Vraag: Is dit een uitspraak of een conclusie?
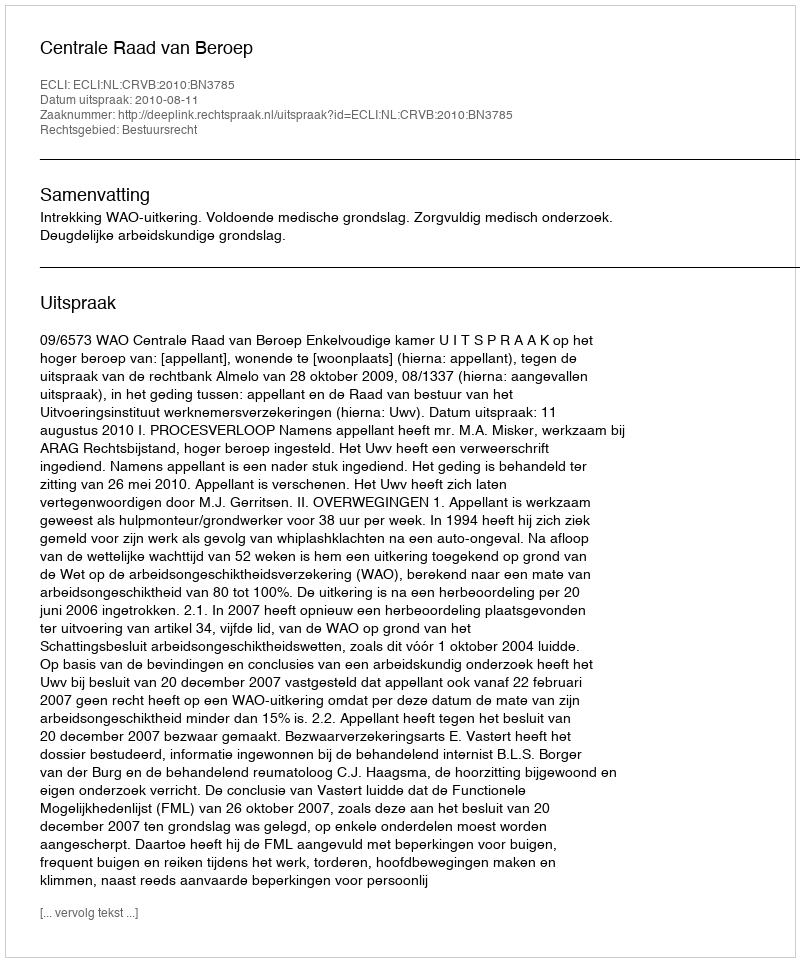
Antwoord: Uitspraak